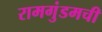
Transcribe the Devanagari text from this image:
रामगुंडमची